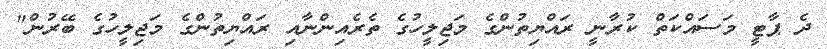
ދެ ޕާޓީ މަސައްކަތް ކުރާނީ ރައްޔިތުންގެ މަޖިލީހުގެ ތެރެއިންނާއި ރައްޔިތުންގެ މަޖިލީހުގެ ބޭރުން"